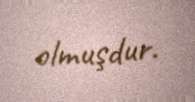
olmuşdur.